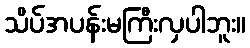
သိပ်အပန်းမကြီးလှပါဘူး။